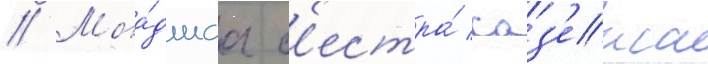
// Мла́дшаа с'естра́ саз'екса